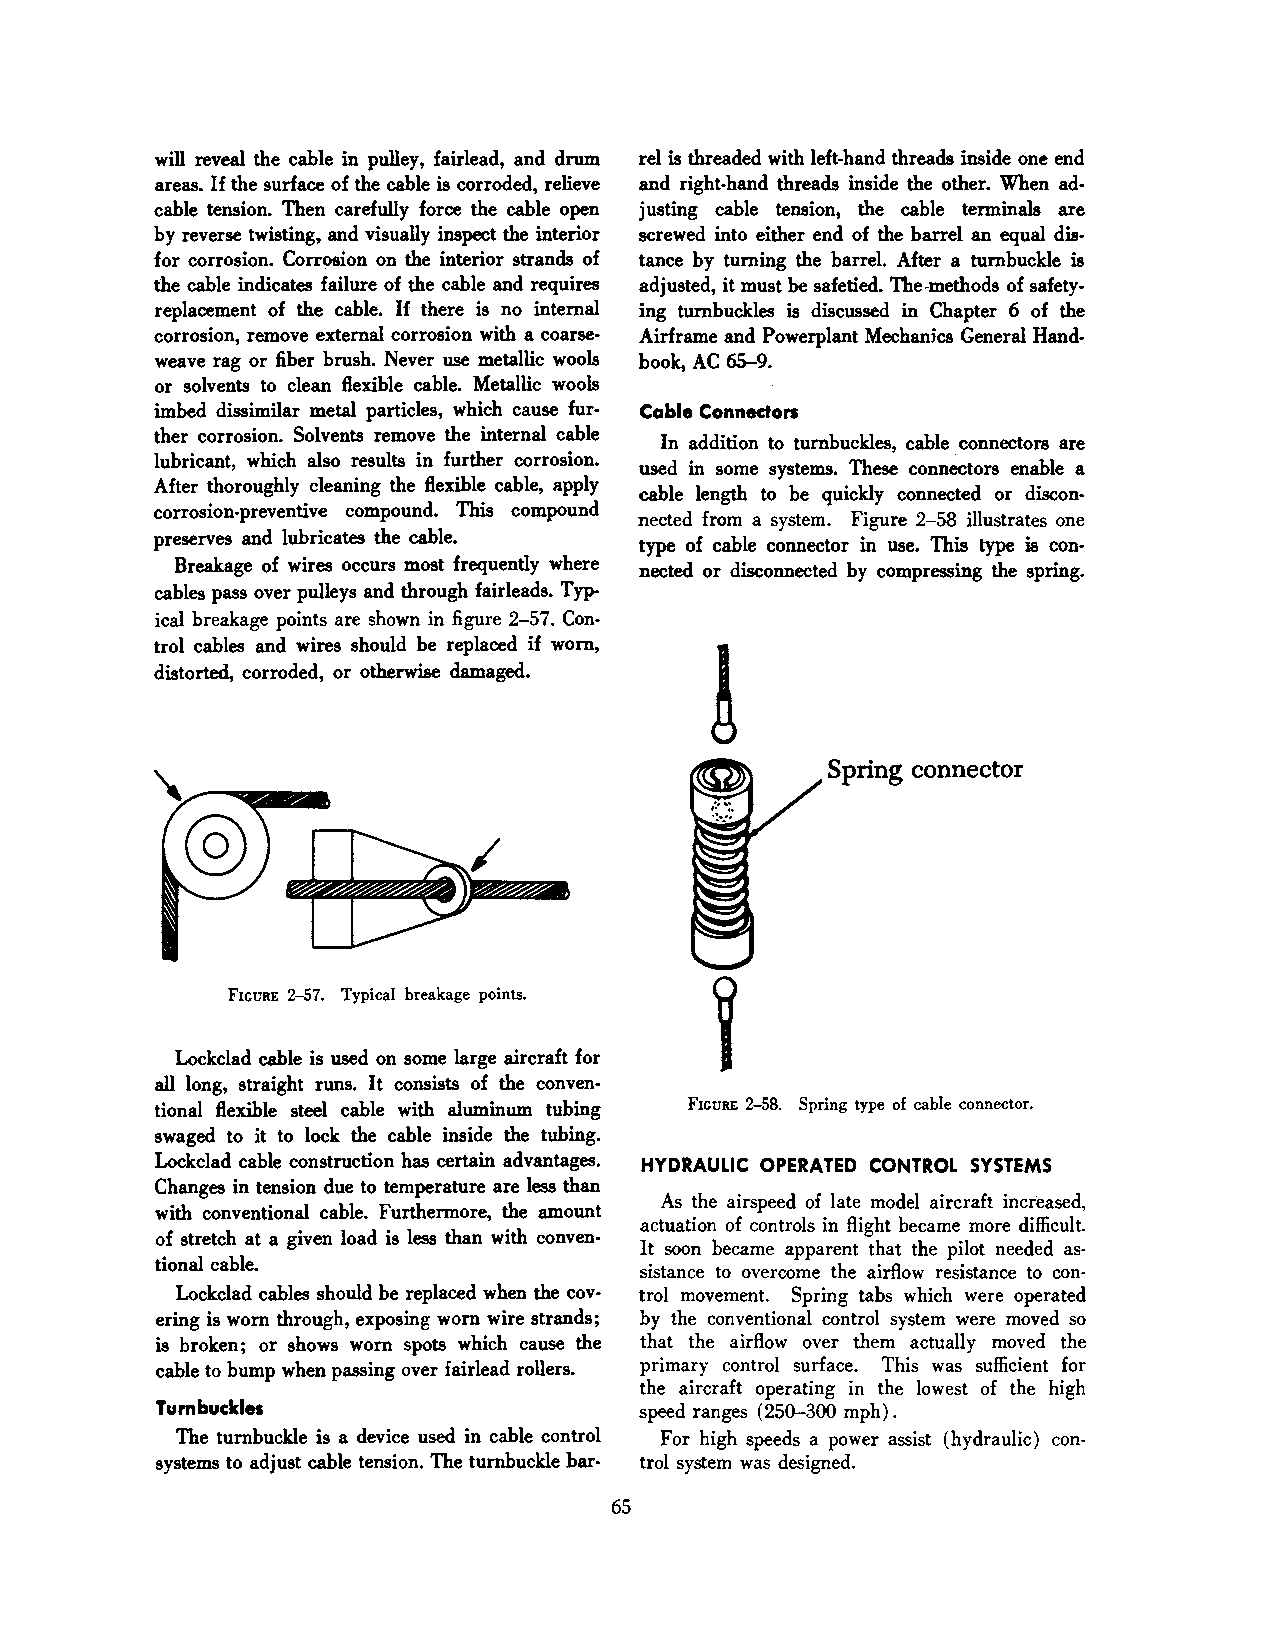
will reveal the cable in pulley, fairl ead, and drum rei is threaded with left-hand threads inside one end
 areas. If the surface of the cable is corroded, relieve and right-hand threads inside the other. When ad
 cable tension. Then carefully force the cable open justing cable tension, the cable terminals are
 by reverse twisting, and visually inspect the interior screwed into either end of the barrel an equal dis
 for corrosion. Corrosion on the interior strands of tance by turning the barrel. After a turnbuckle is
 the cable indicates failure of the cable and requires adjusted, it must be safetied. The-methods of safety·
 replacement of the cable. If there is no internal ing turnbuckles is discussed in Chapter 6 of the
 corrosion, remove external corrosion with a coarse· Airframe and Powerplant Mechanics General Hand·
 weave rag or fiber brush. Never use metallic wools book, AC 65-9.
 or solvents to clean flexible cable. Metallic wools
 imbed dissimilar metal particles, which cause fur· Cable Connecton
 ther corrosion. Solvents remove the internal cable
 In addition to turnbuckles, cable connectors are
 lubricant, which also results in further corrosion.
 used in some systems. These connectors enable a
 After thoroughly cleaning the flexible cable, apply
 cable length to be quickly connected or discon
 corrosion-preventive compound. This compound
 nected from a system. Figure 2-58 illustrates one
 preserves and lubricates the cable.
 type of cable connector in use. This type is con·
 Breakage of wires occurs most frequently where nected or disconnected by compressing the spring.
 cables pass over pulleys and through fairleads. Typ
 ical breakage points are shown in figure 2-57. Con
 trol cables and wires should be replaced if worn,
 distorted, corroded, or otherwise damaged.
 Spring connector
 FIGURE 2-57. Typical breakage points.
 Lockclad cable is used on some large aircraft for
 all long, straight runs. It consists of the conven·
 tional flexible steel cable with aluminum tubing FICURE 2-58. Spring type of cable connector.
 swaged to it to lock the cable inside the tubing.
 Lockclad cable construction has certain advantages. HYDRAULIC OPERATED CONTROL SYSTEMS
 Changes in tension due to temperature are less than
 As the airspeed of late model aircraft increased,
 with conventional cable. Furthermore, the amount
 actuation of controls in flight became more difficult.
 of stretch at a given load is less than with conven·
 It soon became apparent that the pilot needed as
 tional cable.
 sistance to overcome the airflow resistance to con
 Lockclad cables should be replaced when the cov· trol movement. Spring tabs which were operated
 ering is worn through, exposing worn wire strands; by the conventional control system were moved so
 is broken; or shows worn spots which cause the that the airflow over them actually moved the
 cable to bump when passing over fairlead rollers. primary control surface. This was sufficient for
 the aircraft operating in the lowest of the high
 Tum buckles                     speed ranges (250-300 mph).
 The turnbuckle is a device used in cable control For high speeds a power assist (hydraulic) con
 systems to adjust cable tension. The turnbuckle bar- trol system was designed.
 65